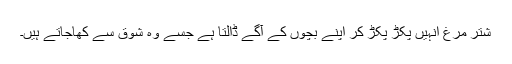
شتر مرغ انہیں پکڑ پکڑ کر اپنے بچوں کے آگے ڈالتا ہے جسے وہ شوق سے کھاجاتے ہیں۔